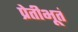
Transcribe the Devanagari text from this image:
प्रेतीभूतं